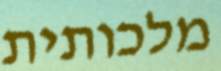
מלכותית